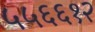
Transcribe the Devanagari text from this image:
५५६६१२